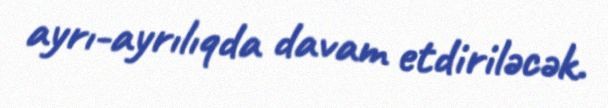
ayrı-ayrılıqda davam etdiriləcək.